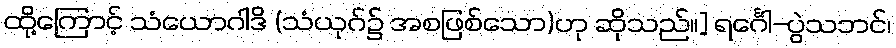
ထို့ကြောင့် သံယောဂါဒိ (သံယုဂ်၌ အစဖြစ်သော)ဟု ဆိုသည်။] ရင်္ဂေါ-ပွဲသဘင်၊